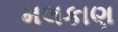
મલકાણ